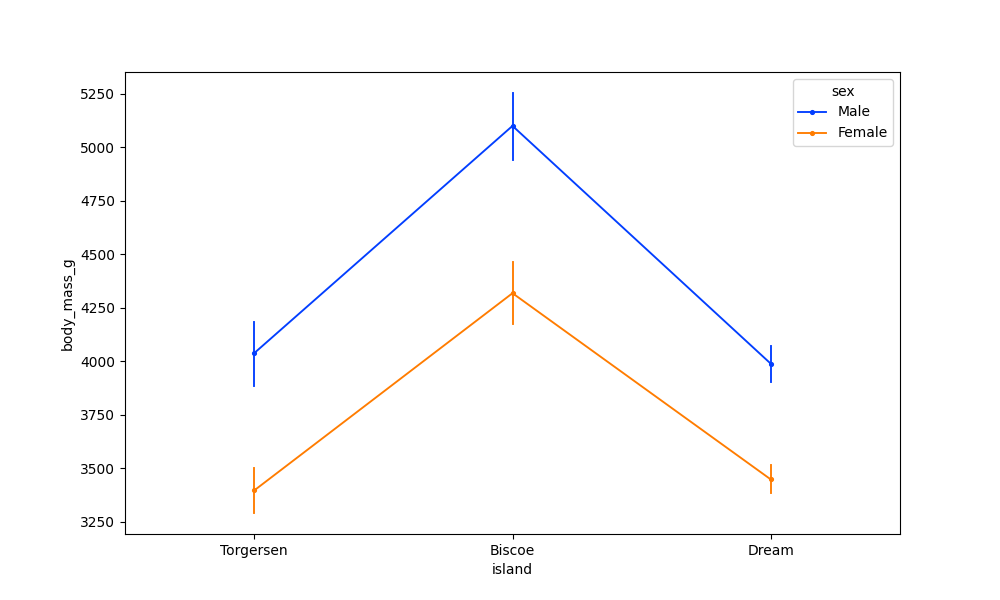
python, seaborn, pointplot, scale=0.5, join=True, hue='sex', palette='bright'